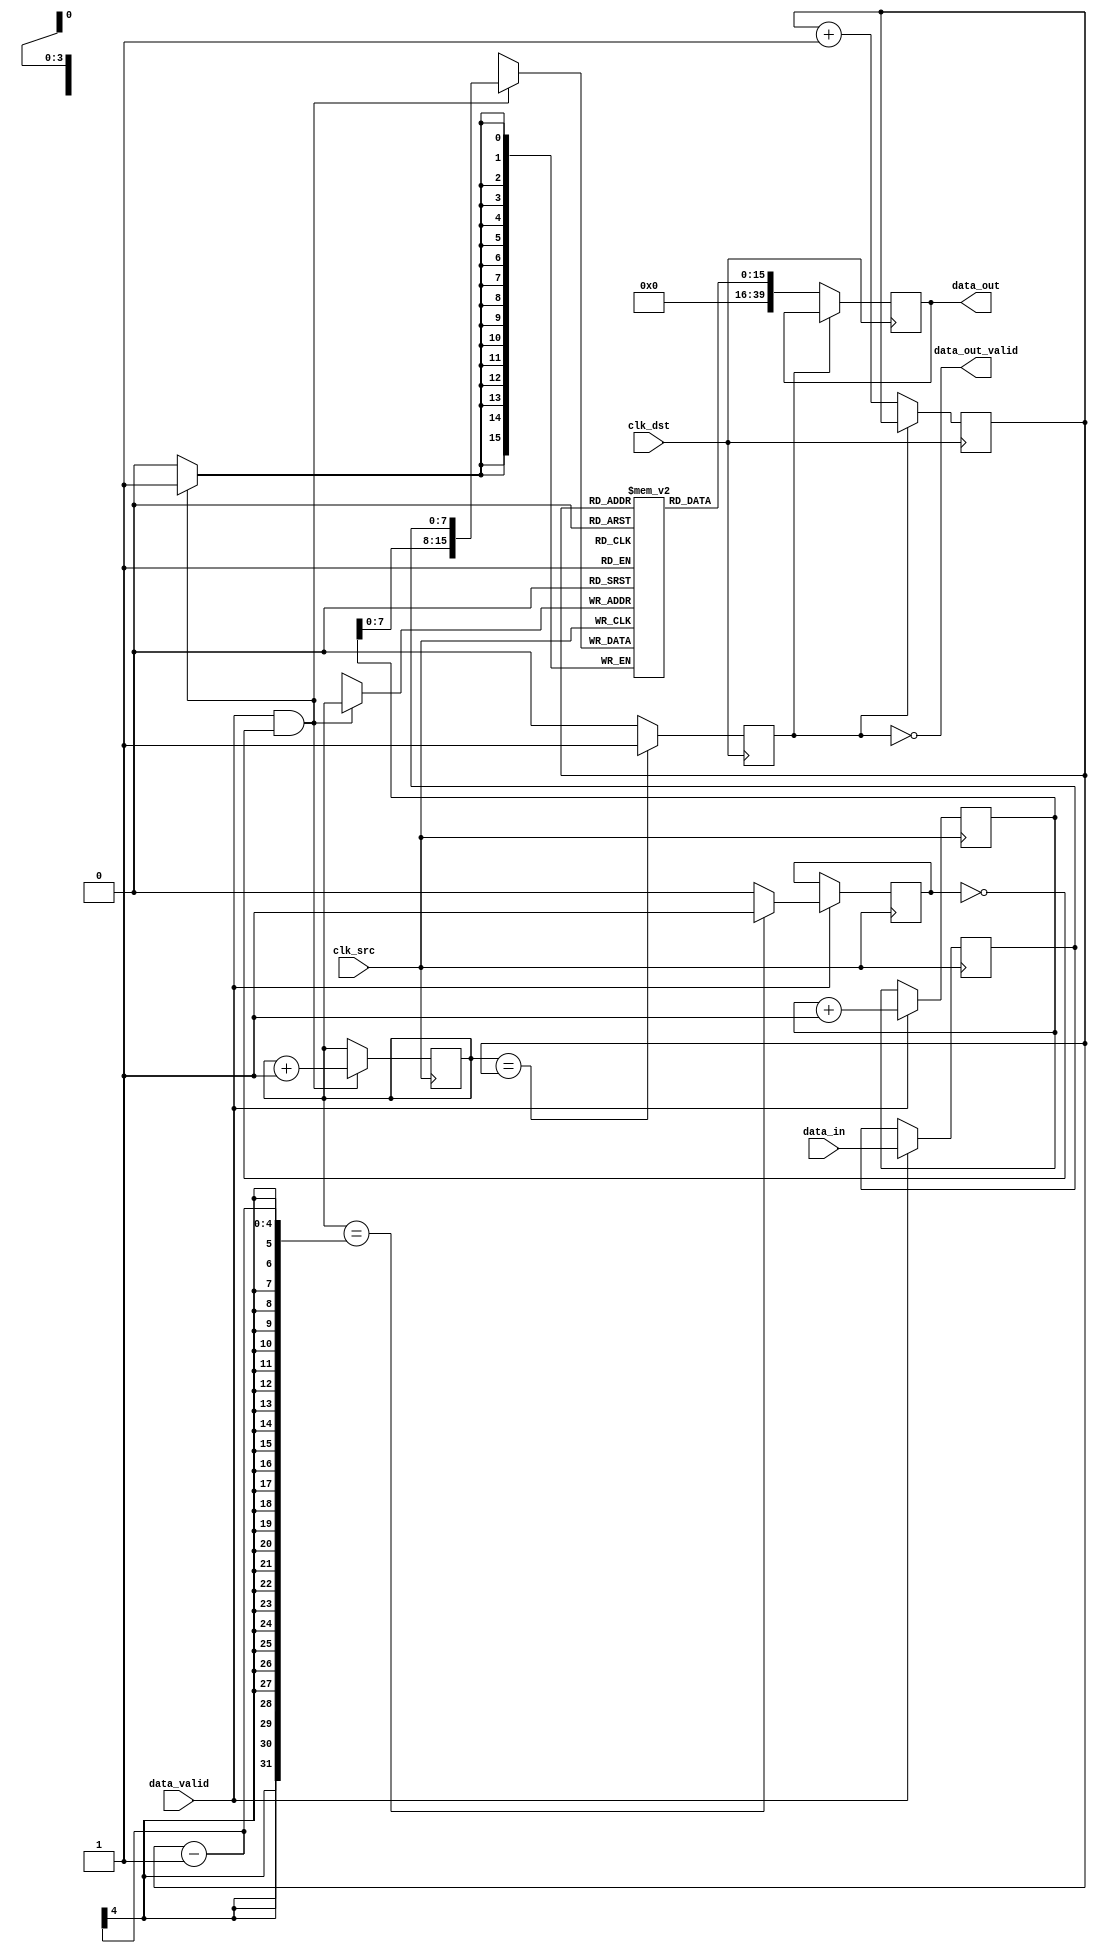
module TimeStampedSynchronizer (
    input wire clk_src,      // Source clock
    input wire clk_dst,      // Destination clock
    input wire [DATA_WIDTH-1:0] data_in, // Data input
    input wire data_valid,    // Data valid signal
    output wire [DATA_WIDTH+TIMESTAMP_WIDTH-1:0] data_out, // Output data with timestamp
    output wire data_out_valid // Output data valid signal
);

parameter DATA_WIDTH = 8;          // Width of data
parameter TIMESTAMP_WIDTH = 32;    // Width of timestamp
parameter FIFO_DEPTH = 16;         // Depth of FIFO

// Internal signals
reg [DATA_WIDTH-1:0] data_reg;
reg [TIMESTAMP_WIDTH-1:0] timestamp_reg;
reg [FIFO_DEPTH-1:0] fifo_mem [0:FIFO_DEPTH-1]; // FIFO memory
reg [$clog2(FIFO_DEPTH)-1:0] fifo_write_ptr;
reg [$clog2(FIFO_DEPTH)-1:0] fifo_read_ptr;
reg fifo_full;
reg fifo_empty;
reg [DATA_WIDTH + TIMESTAMP_WIDTH - 1:0] fifo_out;

// Timestamp Generator
always @(posedge clk_src) begin
    if (data_valid) begin
        data_reg <= data_in; // Latch incoming data
        timestamp_reg <= timestamp_reg + 1; // Simple counter timestamp
    end
end

// FIFO Write Logic
always @(posedge clk_src) begin
    if (data_valid && !fifo_full) begin
        fifo_mem[fifo_write_ptr] <= {timestamp_reg, data_reg}; // Concatenate timestamp and data
        fifo_write_ptr <= fifo_write_ptr + 1;
    end
end

// FIFO Control Logic
always @(posedge clk_src) begin
    if (data_valid) begin
        fifo_full <= (fifo_write_ptr == (fifo_read_ptr - 1)) ? 1'b1 : 1'b0;
    end
end

// FIFO Read Logic
always @(posedge clk_dst) begin
    if (!fifo_empty) begin
        fifo_out <= fifo_mem[fifo_read_ptr];
        fifo_read_ptr <= fifo_read_ptr + 1;
    end
end

// FIFO Status Management
always @(posedge clk_dst) begin
    fifo_empty <= (fifo_write_ptr == fifo_read_ptr) ? 1'b1 : 1'b0;
end

// Output Logic
assign data_out = fifo_out;
assign data_out_valid = !fifo_empty;

endmodule